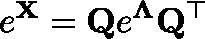
e ^ { \mathbf { X } } = \mathbf { Q } e ^ { \mathbf { \Lambda } } \mathbf { Q } ^ { \top }